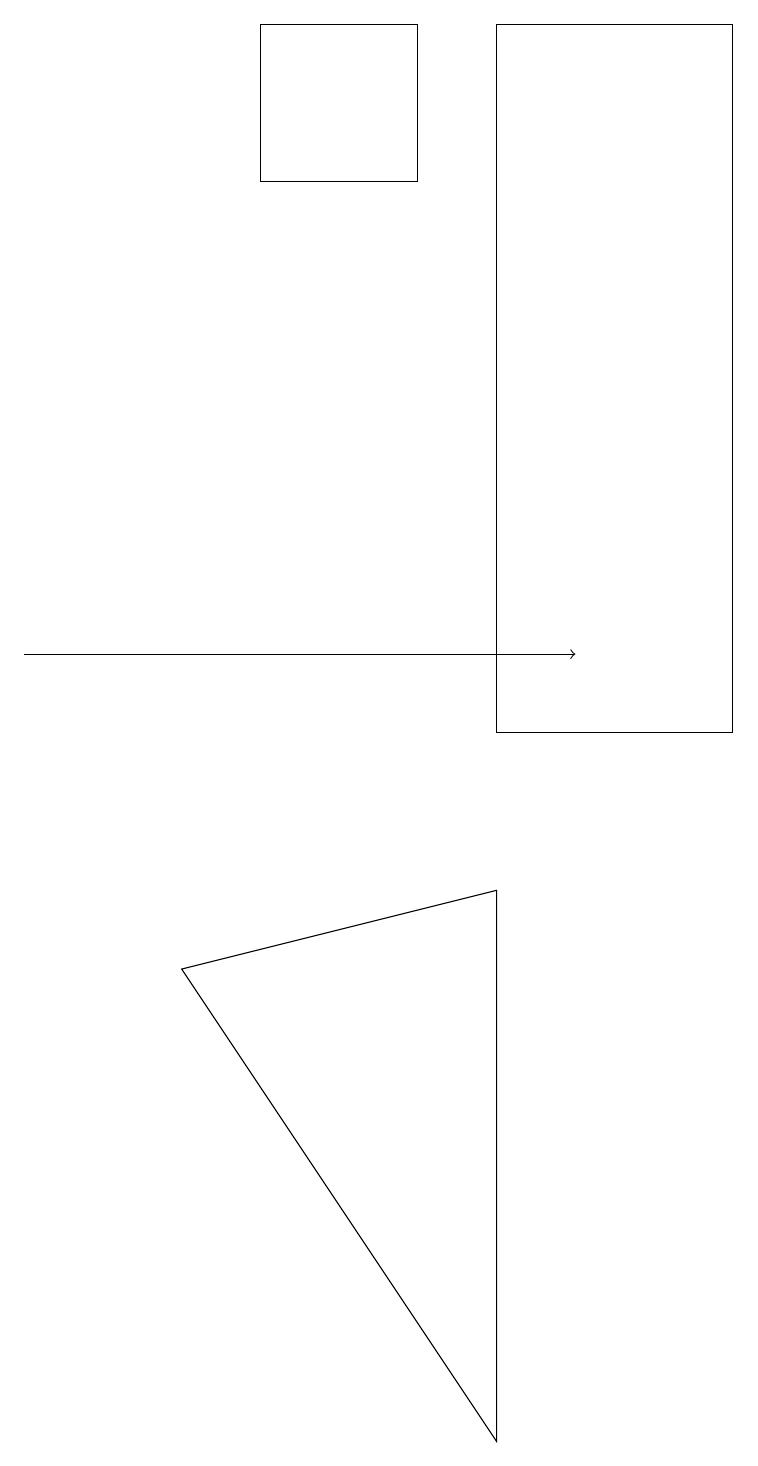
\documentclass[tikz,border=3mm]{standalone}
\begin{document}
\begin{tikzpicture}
\draw[->] (0,11) -- (7,11);
\draw (9,10) rectangle (6,19);
\draw (3,17) rectangle (5,19);
\draw (6,1) -- (6,8) -- (2,7) -- cycle;
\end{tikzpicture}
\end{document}